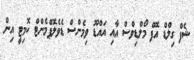
ޝެފް ގިލްޑް އޮފް މޯލްޑިވްސް އާއި އައްޑޫ ވިމެންސް ޑެވެލޮޕްމެންޓް ކޮމިޓީ އިން